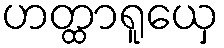
ဟတ္ထာရူယှေ